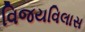
વિજયવિલાસ